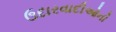
ઉદારવાદીઓની